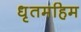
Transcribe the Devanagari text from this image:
धृतमहिम